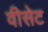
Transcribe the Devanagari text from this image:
वीसेट